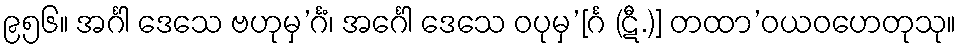
၉၅၆။ အင်္ဂါ ဒေသေ ဗဟုမှ’င်္ဂံ၊ အင်္ဂေါ ဒေသေ ဝပုမှ’[င်္ဂ (ဋီ.)] တထာ’ဝယဝဟေတုသု။